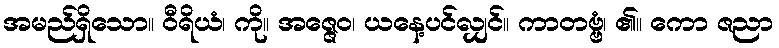
အမည်ရှိသော။ ဝီရိယံ၊ ကို။ အဇ္ဇေဝ၊ ယနေ့ပင်လျှင်။ ကာတဗ္ဗံ၊ ၏။ ကော ဇညာ